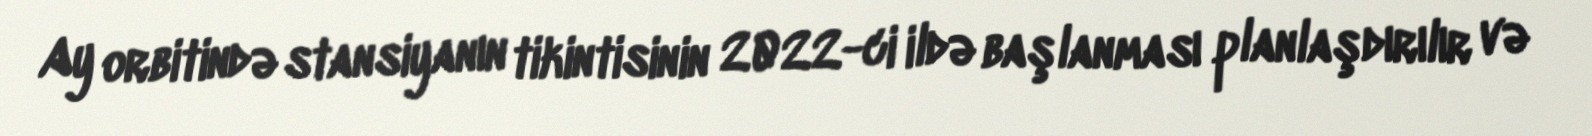
Ay orbitində stansiyanın tikintisinin 2022-ci ildə başlanması planlaşdırılır və